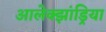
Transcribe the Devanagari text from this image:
आलेक्झांड्रिया